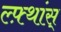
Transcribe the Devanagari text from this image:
ल्फ़्थांस्